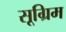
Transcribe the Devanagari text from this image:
सूग्रिम